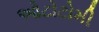
ઓટોટોમી